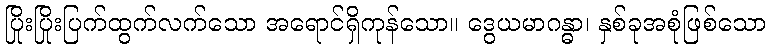
ပြိုးပြိုးပြက်ထွက်လက်သော အရောင်ရှိကုန်သော။ ဒွေယမာဂန္ဓာ၊ နှစ်ခုအစုံဖြစ်သော